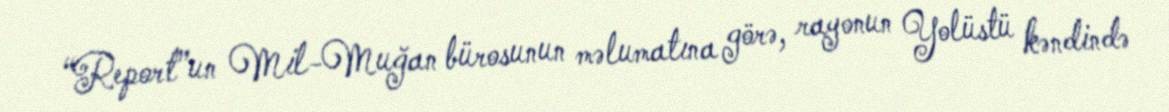
“Report”un Mil-Muğan bürosunun məlumatına görə, rayonun Yolüstü kəndində